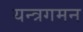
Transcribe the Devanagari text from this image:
यन्त्रगमन